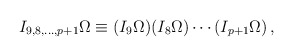
\begin{align*}I_{9,8,\ldots ,p+1} \Omega\equiv (I_9\Omega )(I_8\Omega )\cdots (I_{p+1}\Omega )\,, \end{align*}